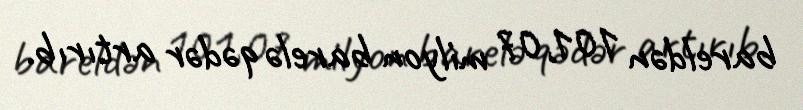
bareldən 101,07 milyon barelə qədər artırıb.